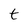
Character: t